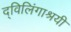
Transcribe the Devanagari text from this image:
द्विलिंगाश्रयी